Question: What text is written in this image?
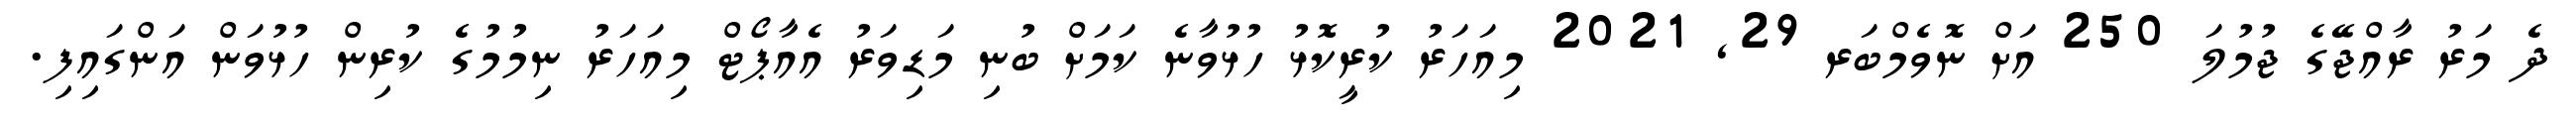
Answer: ދެ މަރު ރާއްޖޭގެ ޖުމުލަ 250 އަށް ނޮވެމްބަރ 29, 2021 މިއަހަރު ކުރީކޮޅު ހުޅުވާނެ ކަމަށް ބުނި މަޑިވަރު އެއާޕޯޓް މިއަހަރު ނިމުމުގެ ކުރިން ހުޅުވަން އަންގައިފި.